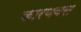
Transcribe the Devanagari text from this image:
कारणवस